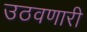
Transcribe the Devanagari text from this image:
उठवणारी